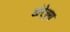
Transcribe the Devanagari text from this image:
डोरेनुमा